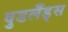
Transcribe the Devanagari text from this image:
वुडलँड्स